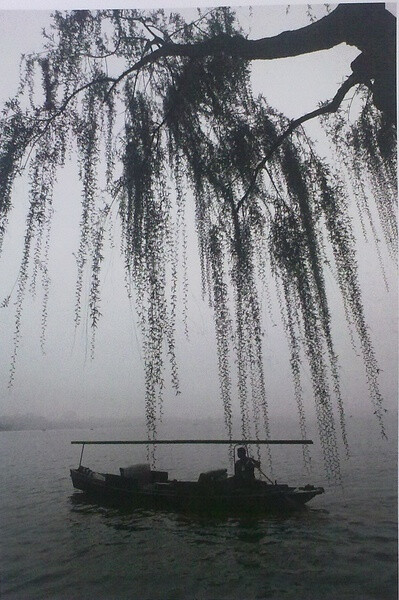
春未老，风细柳斜斜。